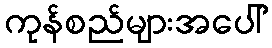
ကုန်စည်များအပေါ်